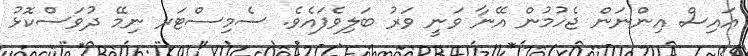
އައިސް އިންނަން ޖެހުމުން އޭނާ ވަނީ ވަރު ބަލިވެފައެވެ. ސެމިސްޓަރ ނިމޭ ދުވަސްކޮޅު